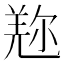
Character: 𠒤